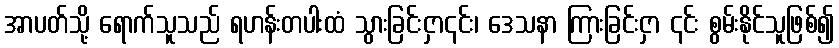
အာပတ်သို့ ရောက်သူသည် ရဟန်းတပါးထံ သွားခြင်းငှာ၎င်း၊ ဒေသနာ ကြားခြင်းငှာ ၎င်း စွမ်းနိုင်သူဖြစ်၍